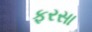
ફરસા